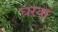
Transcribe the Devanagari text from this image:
घरवा